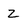
Character: z